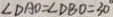
\angle D A O = \angle D B O = 3 0 ^ { \circ }